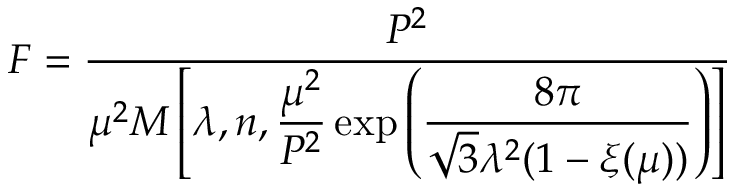
F = \frac { P ^ { 2 } } { \mu ^ { 2 } { \cal M } \left[ \lambda , n , \displaystyle { \frac { \mu ^ { 2 } } { P ^ { 2 } } } \exp \left( { \frac { 8 \pi } { \sqrt { 3 } \lambda ^ { 2 } ( 1 - \xi ( \mu ) ) } } \right) \right] }